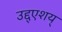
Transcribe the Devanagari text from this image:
उद्द्एशय्